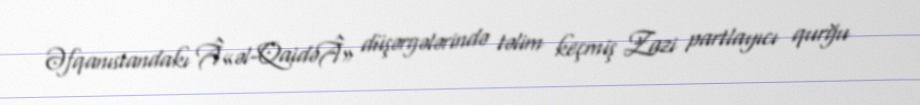
Əfqanıstandakı Â«əl-QaidəÂ» düşərgələrində təlim keçmiş Zazi partlayıcı qurğu